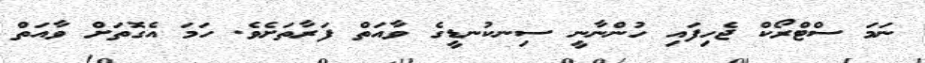
ނަމަ ސްޓްރޯކް ޖެހިފައި ހުންނާނީ ސިނކުނޑީގެ ވާއަތް ފަރާތަށެވެ. ހަމަ އެގޮތަށް ވާއަތް